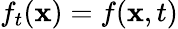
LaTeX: f_{t}(\mathbf{x})=f(\mathbf{x},t)